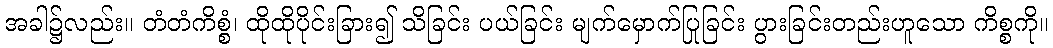
အခါ၌လည်း။ တံတံကိစ္စံ၊ ထိုထိုပိုင်းခြား၍ သိခြင်း ပယ်ခြင်း မျက်မှောက်ပြုခြင်း ပွားခြင်းတည်းဟူသော ကိစ္စကို။